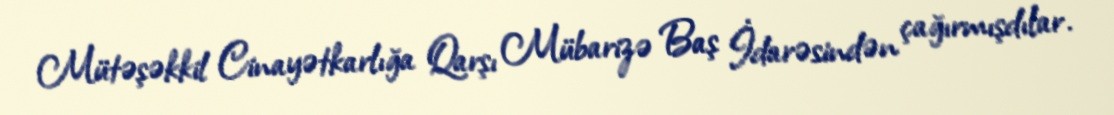
Mütəşəkkil Cinayətkarlığa Qarşı Mübarizə Baş İdarəsindən çağırmışdılar.